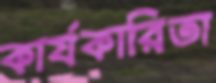
কার্যকারিতা